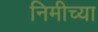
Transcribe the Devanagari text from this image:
निमीच्या